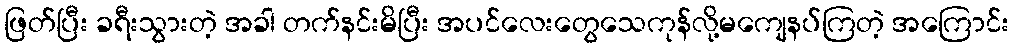
ဖြတ်ပြီး ခရီးသွားတဲ့ အခါ တက်နင်းမိပြီး အပင်လေးတွေသေကုန်လို့မကျေနပ်ကြတဲ့ အကြောင်း